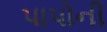
પાપોની